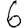
Digit: 6